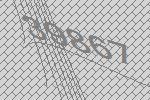
39867